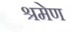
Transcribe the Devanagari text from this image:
श्रमेण